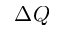
\Delta Q